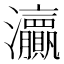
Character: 𱪞